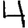
Digit: 4